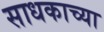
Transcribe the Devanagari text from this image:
साधकाच्या